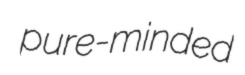
pure-minded